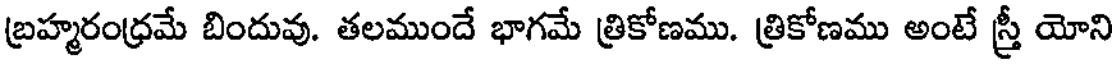
బ్రహ్మరంధ్రమే బిందువు. తలముందే భాగమే త్రికోణము. త్రికోణము అంటే స్త్రీ యోని